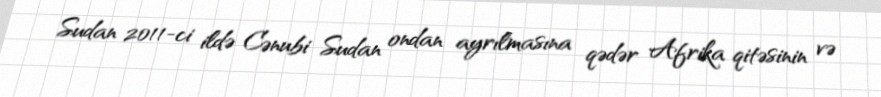
Sudan 2011-ci ildə Cənubi Sudan ondan ayrılmasına qədər Afrika qitəsinin və